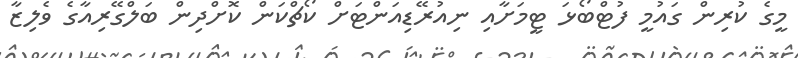
މީގެ ކުރިން ގައުމީ ފުޓްބޯޅަ ޓީމަށާއި ނިއުރޭޑިއަންޓަށް ކޯޗްކަން ކޮށްދިން ބަލްގޭރިއާގެ ވެލިޒާ